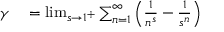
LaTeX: \begin{array} { r l } { \gamma } & { { } = \operatorname* { l i m } _ { s \to 1 ^ { + } } \sum _ { n = 1 } ^ { \infty } \left( { \frac { 1 } { n ^ { s } } } - { \frac { 1 } { s ^ { n } } } \right) } \end{array}